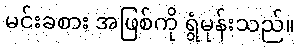
မင်းခစား အဖြစ်ကို ရွံမုန်းသည်။